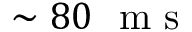
\sim 8 0 ~ \mathrm { ~ m ~ s ~ }